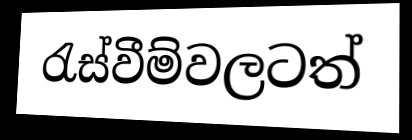
රැස්වීම්වලටත්